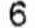
6